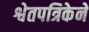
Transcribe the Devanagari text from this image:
श्वेतपत्रिकेने